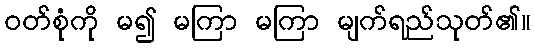
ဝတ်စုံကို မ၍ မကြာ မကြာ မျက်ရည်သုတ်၏။